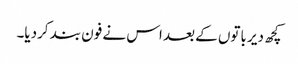
کچھ دیر باتوں کے بعد اس نے فون بند کردیا۔